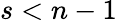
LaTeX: s<n-1